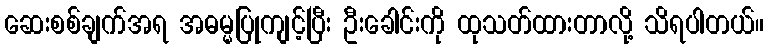
ဆေးစစ်ချက်အရ အဓမ္မပြုကျင့်ပြီး ဦးခေါင်းကို ထုသတ်ထားတာလို့ သိရပါတယ်။